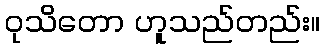
ဝုသိတော ဟူသည်တည်း။